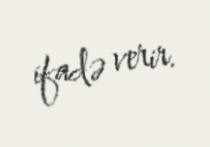
ifadə verir.